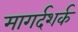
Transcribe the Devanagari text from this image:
मागर्दशर्क